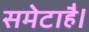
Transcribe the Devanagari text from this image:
समेटाहै।